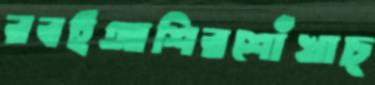
রবইআশিরশোঁখাচ্